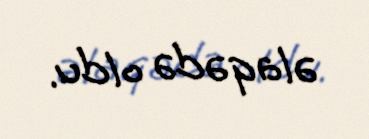
əlaqədə oldu.